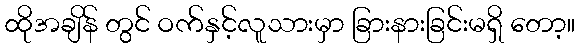
ထိုအချိန် တွင် ဝက်နှင့်လူသားမှာ ခြားနားခြင်းမရှိ တော့။